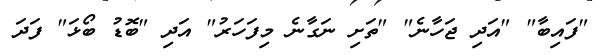
"ފައިބާ" "އަދި ޖަހާނެ" "ތަށި ނަގާނެ މިފަހަރު" އަދި "ބޮޑު ބޯޅަ" ފަދަ